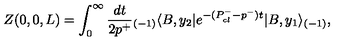
Z ( 0 , 0 , L ) = \int _ { 0 } ^ { \infty } { \frac { d t } { 2 p ^ { + } } } { _ { ( - 1 ) } \langle } B , y _ { 2 } | e ^ { - ( P _ { c l } ^ { - } - p ^ { - } ) t } | B , y _ { 1 } \rangle _ { ( - 1 ) } ,